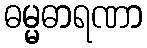
ဓမ္မဓာရဏာ